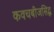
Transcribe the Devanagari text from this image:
कवचबीजसिद्ध